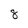
Character: 8